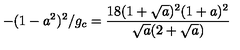
- ( 1 - a ^ { 2 } ) ^ { 2 } / g _ { c } = { \frac { 1 8 ( 1 + { \sqrt { a } } ) ^ { 2 } ( 1 + a ) ^ { 2 } } { { \sqrt { a } } ( 2 + { \sqrt { a } } ) } }